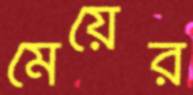
মেয়ের